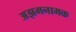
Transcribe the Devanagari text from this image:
अझमनामक